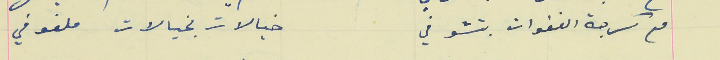
مع كرجة الغفوات بتشوفي                                       خيالات بخيالات ملفوفي